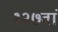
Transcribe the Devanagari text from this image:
१२७वां